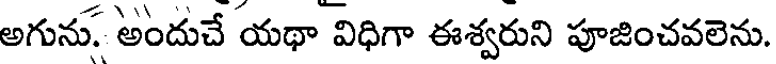
అగును. అందుచే యథా విధిగా ఈశ్వరుని పూజించవలెను.